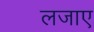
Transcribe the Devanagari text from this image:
लजाए